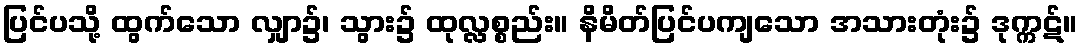
ပြင်ပသို့ ထွက်သော လျှာ၌၊ သွား၌ ထုလ္လစ္စည်း။ နိမိတ်ပြင်ပကျသော အသားတုံး၌ ဒုက္ကဋ်။